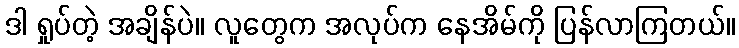
ဒါ ရှုပ်တဲ့ အချိန်ပဲ။ လူတွေက အလုပ်က နေအိမ်ကို ပြန်လာကြတယ်။